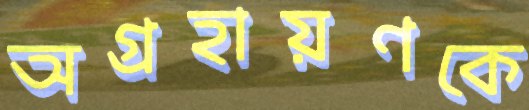
অগ্রহায়ণকে